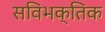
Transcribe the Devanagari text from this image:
सविभक्तिक